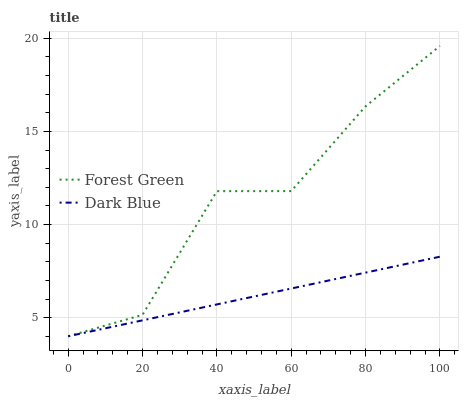
| xaxis_label | Forest Green | Dark Blue |
 | --- | --- | --- |
 | 0 | 4 | 4 |
 | 20 | 5.15 | 4.85 |
 | 40 | 11.8 | 5.71 |
 | 60 | 11.8 | 6.56 |
 | 80 | 16.3 | 7.42 |
 | 100 | 19.6 | 8.27 |